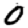
Digit: 0